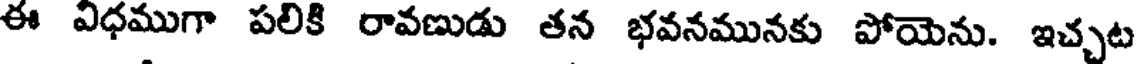
ఈ విధముగా పలికి రావణుడు తన భవనమునకు పోయెను. ఇచ్చట